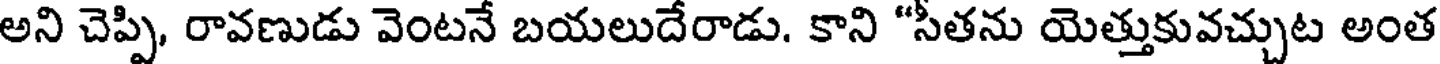
అని చెప్పి, రావణుడు వెంటనే బయలుదేరాడు. కాని "సీతను యెత్తుకువచ్చుట అంత